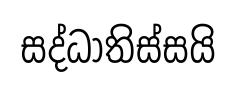
සද්ධාතිස්සයි